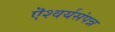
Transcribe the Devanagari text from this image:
ऎश्वर्यसंपन्न